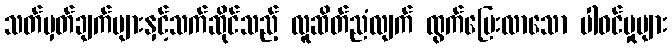
သတ်မှတ်ချက်များနှင့်သက်ဆိုင်သည့် လူဆိတ်ညံလျက် ထွက်ပြေးလာသော ပါဝင်မှုများ